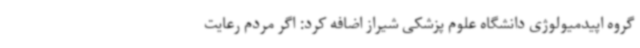
گروه اپیدمیولوژی دانشگاه علوم پزشکی شیراز اضافه کرد: اگر مردم رعایت